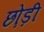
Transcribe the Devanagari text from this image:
छो़ड़ी